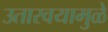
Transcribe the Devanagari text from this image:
उतारवयामुळे